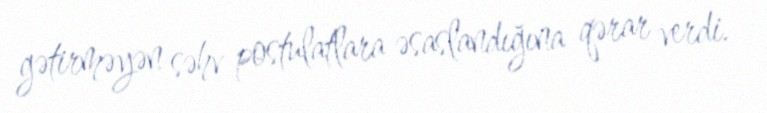
gətirməyən səhv postulatlara əsaslandığına qərar verdi.